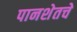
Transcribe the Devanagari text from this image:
पानशेतचे